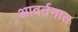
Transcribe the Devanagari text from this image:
आवर्तनात